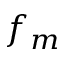
f _ { m }